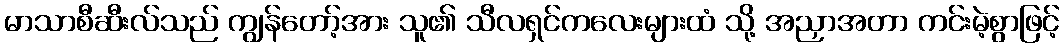
မာသာစီဆီးလ်သည် ကျွန်တော့်အား သူ၏ သီလရှင်ကလေးများထံ သို့ အညှာအတာ ကင်းမဲ့စွာဖြင့်